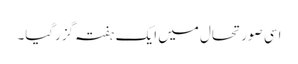
اسی صورتحال میں ایک ہفتہ گزرگیا۔